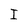
Character: I